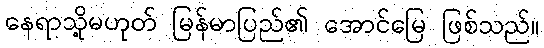
နေရာသို့မဟုတ် မြန်မာပြည်၏ အောင်မြေ ဖြစ်သည်။